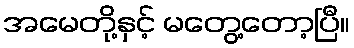
အမေတို့နှင့် မတွေ့တော့ပြီ။